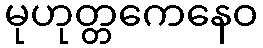
မုဟုတ္တကေနေဝ